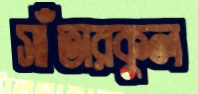
সাঁতারকুল